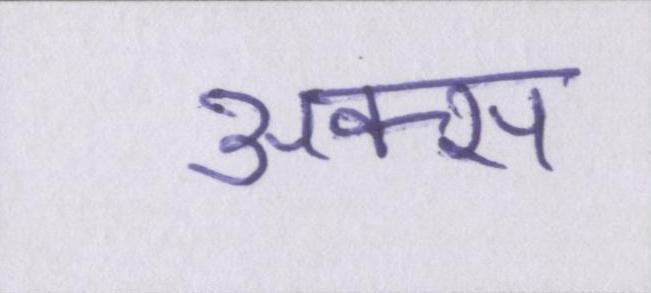
अक्स